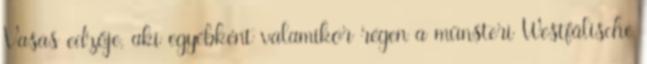
Vasas edzője, aki egyébként valamikor régen a münsteri Westfälische